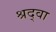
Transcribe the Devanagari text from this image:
श्रद्वा